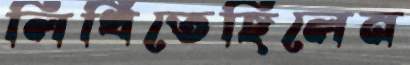
লিখিতেছিলেন